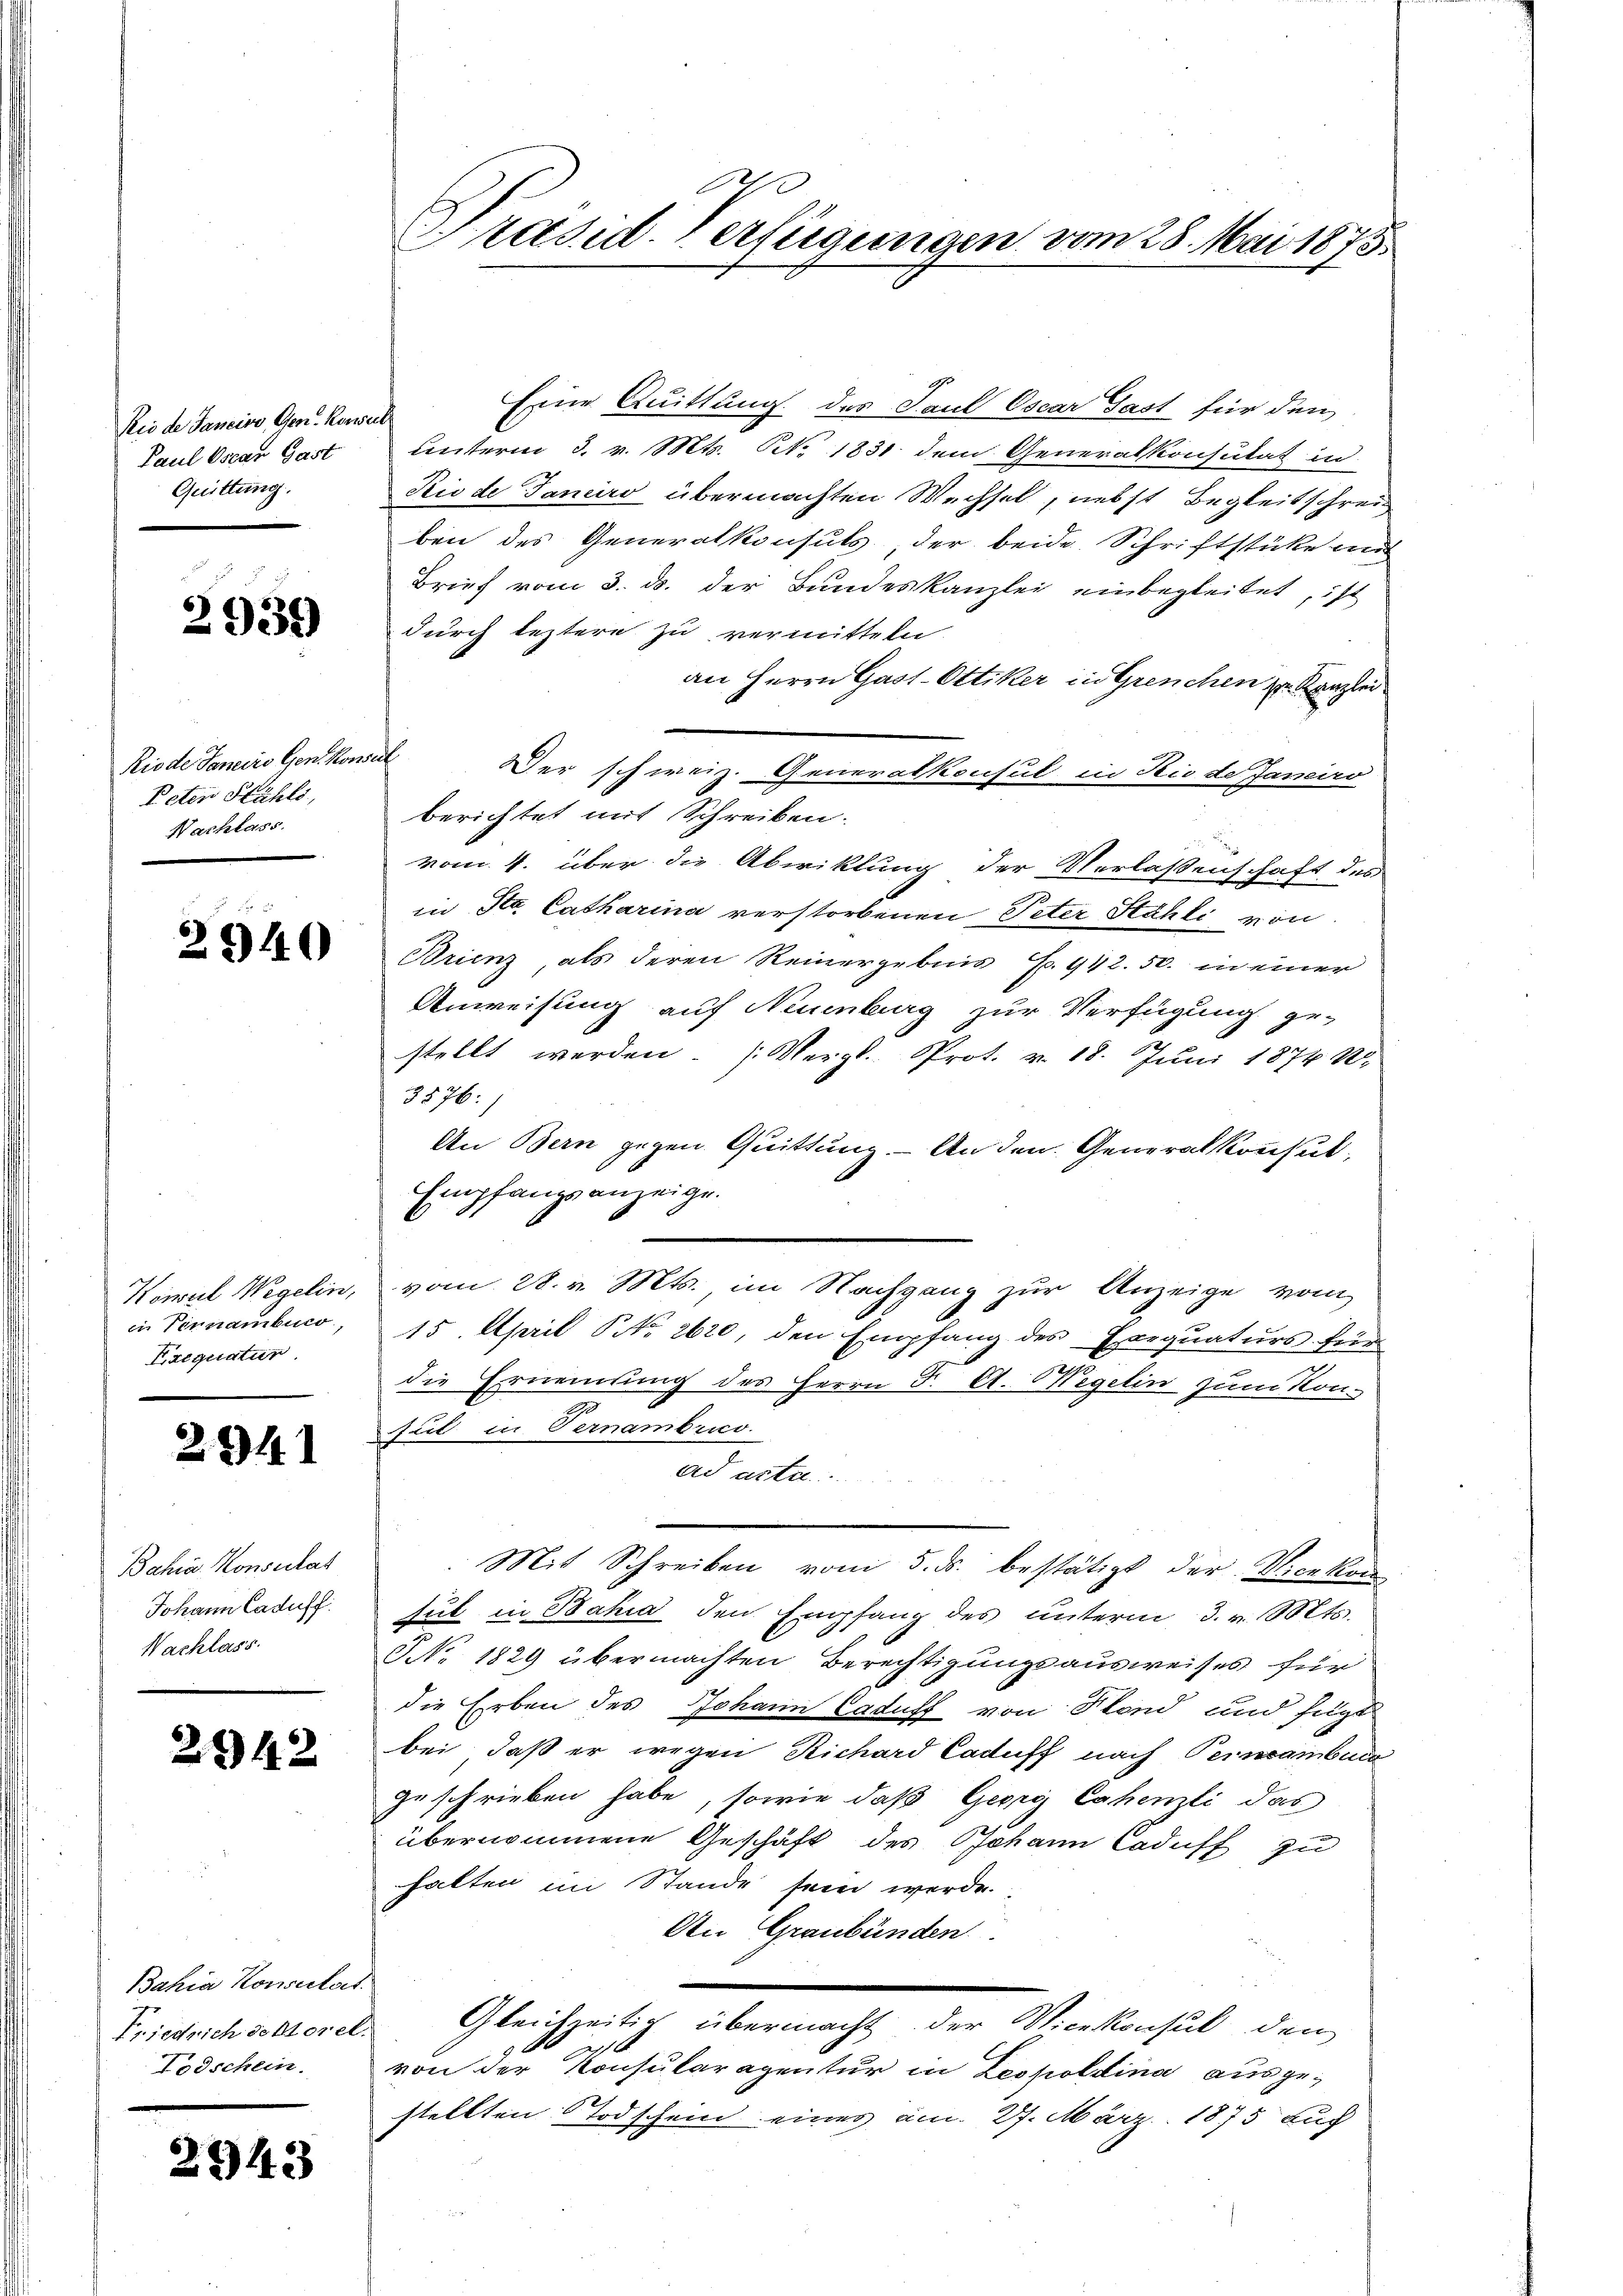
Rio de Janeivo, Gen.- Konser
Paul Oscar Gast
Quittung.

2939

Riode Janeiro Gen. Kons.
Peten Stahls,
Nachlass.

2940

Konsul Wegelin,
in Pernambuco
Frequatur.

224

Bahia-Konsulat
Johann Caduff.
Nachlass.

2942

Bahia Konsertat
Friedrich de Morel.
Todschein.

2943

Präsid. Verfügungen vom 28. Mai 1875.

Eine Quittung des Paul Oscar Gast für den
f
unterm 3. v. Mts. Art. 1831 dem Generalkonsulat in
Rio de Janeiro übermachten Wechsel, nebst Begleitschrei
ben des Generalkonsuls, der beide Schriftstücke and
Brief vom 3. ds. der Bundeskanzlei einbegleitet, ist
durch leztere zu vermitteln
an Herrn Gast-Ottiker in Grenchen zu Kanzlei
¬
Der schweiz. Generalkonsul in Rio de Janeiro
berichtet mit Schreiben.
vom 4. über die Abwiklung der Verlassenschaft des
in Sta Catharina verstorbenen Peter Stähli von
Orienz als deren Reinergebnis S. 912.50. in einer
Anweisung auf Neuenburg zur Verfügung ge-
stellt werden. (Vergl. Prot. v. 18. Juni 1874 W.
3876:
An Bern gegen Quittung. - An den Generalkonsut,
Empfangsanzeige.
vom 28. v. Mts., im Nachgang zur Anzeige vom
15. April NNo. 2620 den Empfang des Exequaturs für
die Ernennung des Herrn F. A. Wegelin zum Kon-
sat in Fernambrico.
ad acta
Mit Schreiben vom 5. ds. bestätigt der Vicekon
sul in Bahia den Empfang des unterm 3. v. Mts.
NNo. 1829 übermachten Berechtigungsausweises für
die Erben des Johann Caduff von Fond und fügt
bei, daß er wegen Richard Caduff nach Perncambica
geschrieben habe, sowie daß Georg Cohenzli das
übernommene Geschäft des Johann Caduff zu
halten im Stande sein werde.
An Graubünden
Gleichzeitig übermacht der Vicekonsul den
von der Konsularagentur in Leopoldina ausgestellten Todschein eines am 27. März 1875 auch